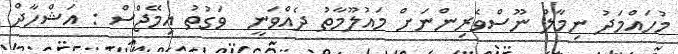
މުހައްމަދު ނިމާލް ނޫސްވެރިންނަށް މައުލޫމާތު ދެއްވަނީ  ވަގުތު އިމޭޖްސް : އަޝްހާދް